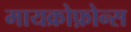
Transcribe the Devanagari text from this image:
मायक्रोफ़ोन्स